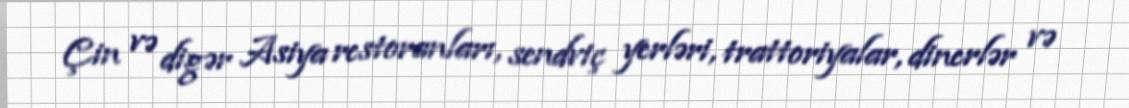
Çin və digər Asiya restoranları, sendviç yerləri, trattoriyalar, dinerlər və